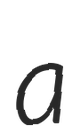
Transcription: a